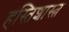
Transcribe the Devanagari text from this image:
हस्तिशास्त्र